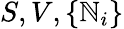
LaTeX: S,V,\{ \mathbb{N}_{i}\}